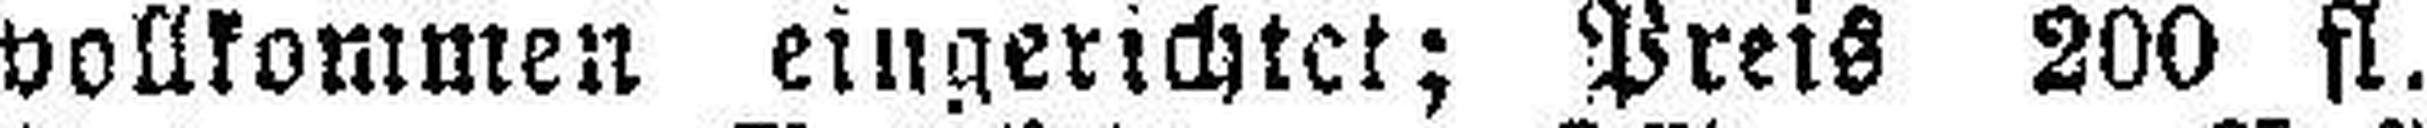
vollkommen eingerichtet; Preis 200 fl.